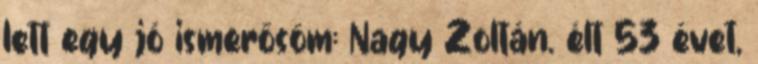
lett egy jó ismerősöm: Nagy Zoltán. élt 53 évet,